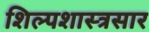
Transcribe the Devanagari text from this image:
शिल्पशास्त्रसार